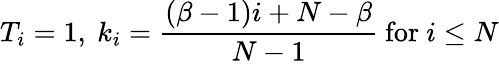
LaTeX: T_{i}=1,\ k_{i}=\frac{(\beta-1)i+N-\beta}{N-1}\ \mathrm{for}\ i\leq N